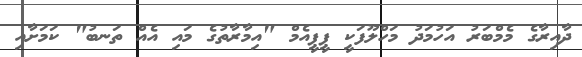
ދާއިރާގެ މެމްބަރު އަހުމަދު މަހްލޫފަކީ ޕީޕީއެމް "އިމާރާތުގެ މައި އެއް ތަނބު" ކަމަށާއި